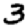
Digit: 3